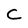
Character: C